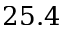
2 5 . 4